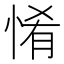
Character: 𢛘